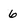
Character: 6